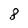
Character: 8